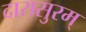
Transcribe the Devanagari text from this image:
दारासुरम्